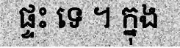
ផ្ទះ ទេ ។ ក្នុង